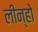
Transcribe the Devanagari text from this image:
लीन्‍हो